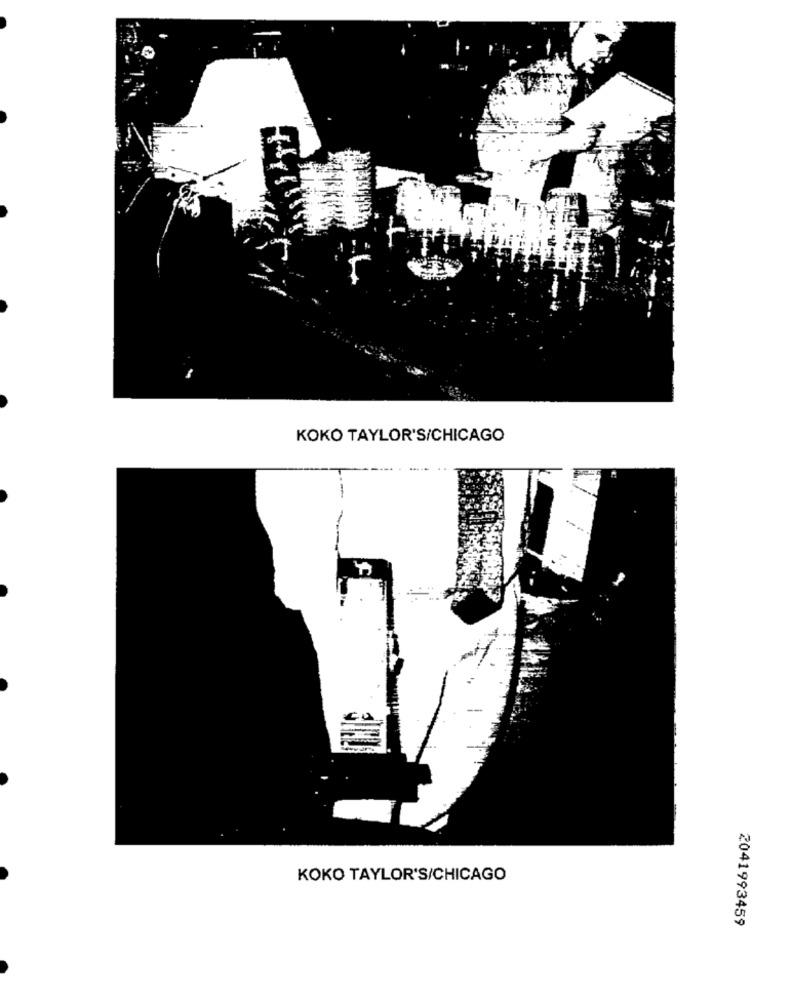
KOKO TAYLOR'S/CHICAGO
KOKO TAYLOR'S/CHICAGO
2041993459